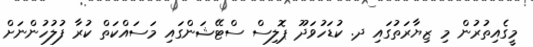
މީގެއިތުރުން މި ޒިޔާރަތުގައި ދ. ކުޑަހުވަދޫ ޕޮލިސް ސްޓޭޝަންގައި މަސައްކަތް ކުރާ ފުލުހުންނަށް